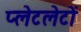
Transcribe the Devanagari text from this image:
प्‍लेटलेटों